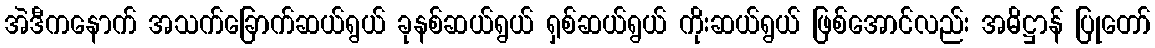
အဲဒီကနောက် အသက်ခြောက်ဆယ်ရွယ် ခုနစ်ဆယ်ရွယ် ရှစ်ဆယ်ရွယ် ကိုးဆယ်ရွယ် ဖြစ်အောင်လည်း အဓိဋ္ဌာန် ပြုတော်